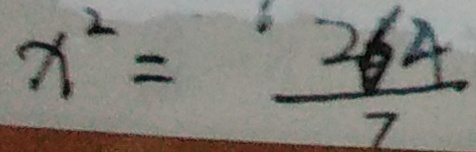
x ^ { 2 } = \frac { 2 6 4 } { 7 }